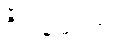
စိတ်ချမ်းသာ